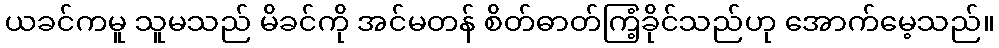
ယခင်ကမူ သူမသည် မိခင်ကို အင်မတန် စိတ်ဓာတ်ကြံ့ခိုင်သည်ဟု အောက်မေ့သည်။